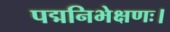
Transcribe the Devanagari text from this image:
पद्मनिभेक्षणः।